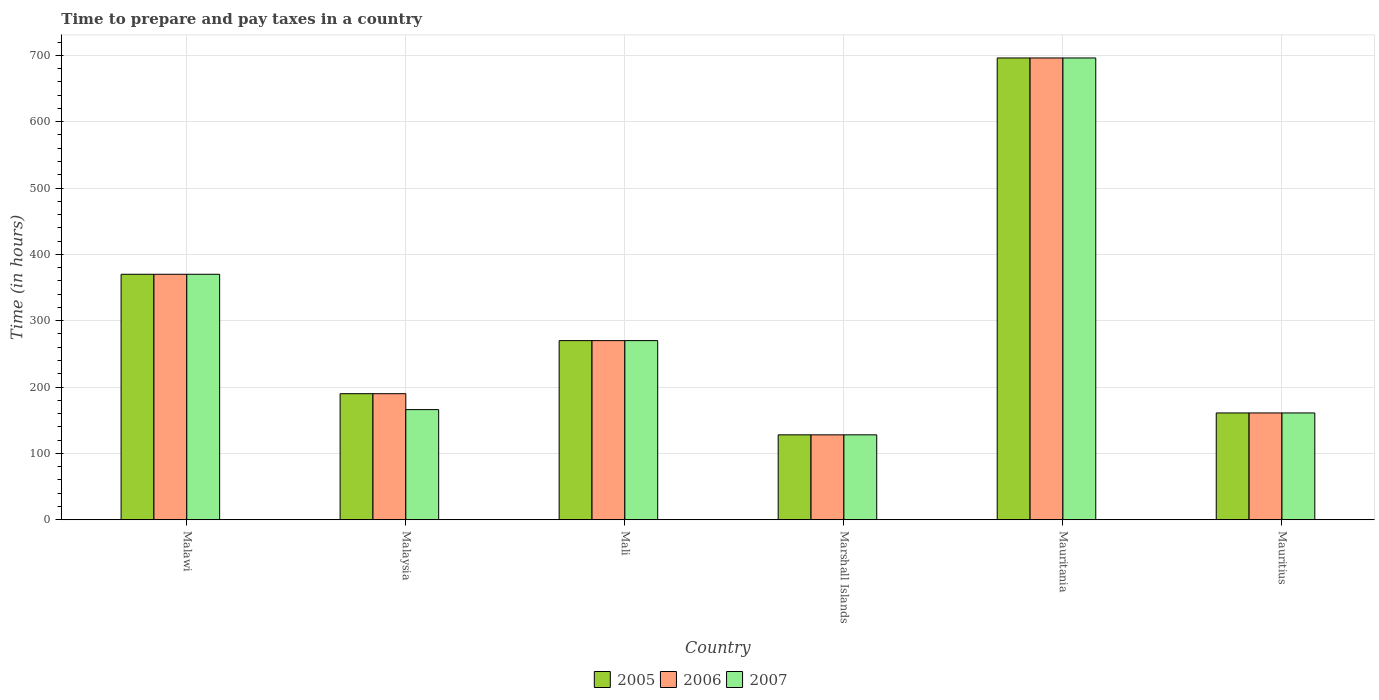
| Country | 2005 | 2006 | 2007 |
 | --- | --- | --- | --- |
 | Malawi | 370 | 370 | 370 |
 | Malaysia | 190 | 190 | 166 |
 | Mali | 270 | 270 | 270 |
 | Marshall Islands | 128 | 128 | 128 |
 | Mauritania | 696 | 696 | 696 |
 | Mauritius | 161 | 161 | 161 |